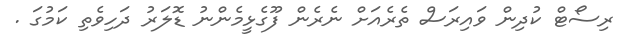
ރިސޯޓް ކުދިން ވައިރަސް ތެރެއަަށް ނެރެން ފޫގެޅީމެންނު ޑޮލަރު ދަހިވެތި ކަމުގަ .